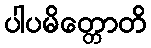
ပါပမိတ္တောတိ